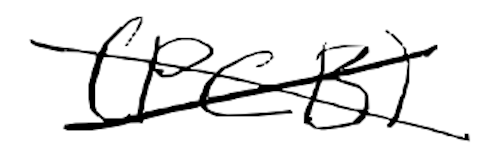
Text: (PCB)
Cross-out: cross
Writing tool: digital_black